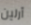
آرلين